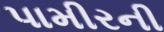
પામીરની